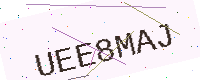
Text: UEE8MAJ